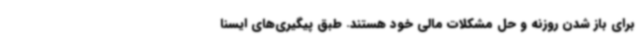
برای باز شدن روزنه‌ و حل مشکلات مالی خود هستند. طبق پیگیری‌های ایسنا